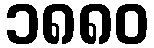
၁၈၈၀